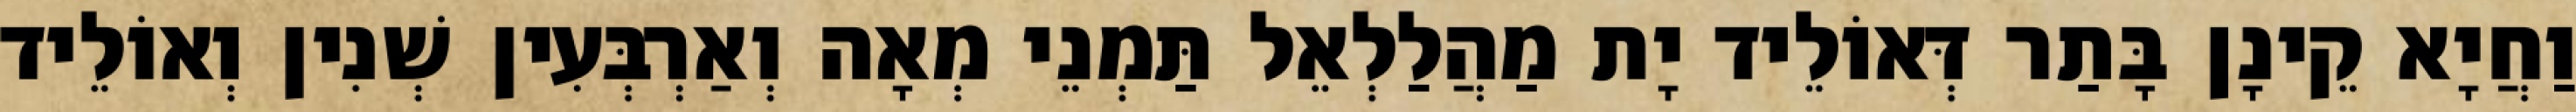
וַחֲיָא קֵינָן בָּתַר דְּאוֹלֵיד יָת מַהֲלַלְאֵל תַּמְנֵי מְאָה וְאַרְבְּעִין שְׁנִין וְאוֹלֵיד